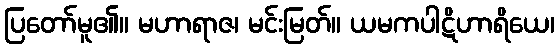
ပြတော်မူ၏။ မဟာရာဇ၊ မင်းမြတ်။ ယမကပါဋိဟာရိယေ၊